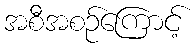
အစီအစဉ်ကြောင့်